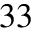
^ { 3 3 }